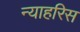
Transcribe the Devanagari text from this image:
न्याहरिस